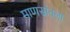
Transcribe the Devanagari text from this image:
माणसांतला